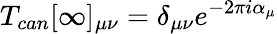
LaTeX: T_{can}[\infty]_{\mu\nu}=\delta_{\mu\nu}e^{-2\pi i\alpha_{\mu}}